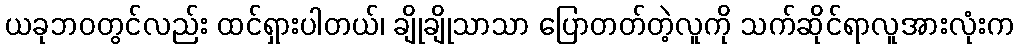
ယခုဘဝတွင်လည်း ထင်ရှားပါတယ်၊ ချိုချိုသာသာ ပြောတတ်တဲ့လူကို သက်ဆိုင်ရာလူအားလုံးက